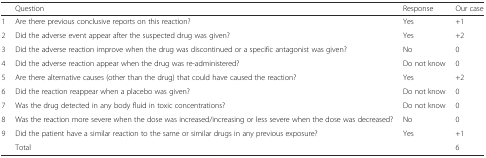
<table><thead><tr><td></td><td><b>Question</b></td><td><b>Response</b></td><td><b>Our case</b></td></tr></thead><tbody><tr><td>1</td><td>Are there previous conclusive reports on this reaction?</td><td>Yes</td><td>+1</td></tr><tr><td>2</td><td>Did the adverse event appear after the suspected drug was given?</td><td>Yes</td><td>+2</td></tr><tr><td>3</td><td>Did the adverse reaction improve when the drug was discontinued or a specific antagonist was given?</td><td>No</td><td>0</td></tr><tr><td>4</td><td>Did the adverse reaction appear when the drug was re-administered?</td><td>Do not know</td><td>0</td></tr><tr><td>5</td><td>Are there alternative causes (other than the drug) that could have caused the reaction?</td><td>Yes</td><td>+2</td></tr><tr><td>6</td><td>Did the reaction reappear when a placebo was given?</td><td>Do not know</td><td>0</td></tr><tr><td>7</td><td>Was the drug detected in any body fluid in toxic concentrations?</td><td>Do not know</td><td>0</td></tr><tr><td>8</td><td>Was the reaction more severe when the dose was increased/increasing or less severe when the dose was decreased?</td><td>No</td><td>0</td></tr><tr><td>9</td><td>Did the patient have a similar reaction to the same or similar drugs in any previous exposure?</td><td>Yes</td><td>+1</td></tr><tr><td></td><td>Total</td><td></td><td>6</td></tr></tbody></table>